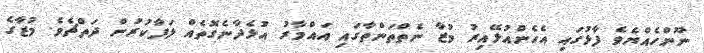
ނޫންހެއްޔެވެ ފާޅުގައި އެހެންއުޅޭއިރު މުޒާ ނެތްތަންތާގައި އައްމާރު އުޅެދާނެގޮތެއް ލަފާކުރުން ދަތްޗެވެ. މުޒާގެ